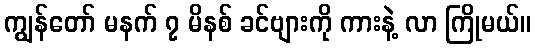
ကျွန်တော် မနက် ၇ မိနစ် ခင်ဗျားကို ကားနဲ့ လာ ကြိုမယ်။